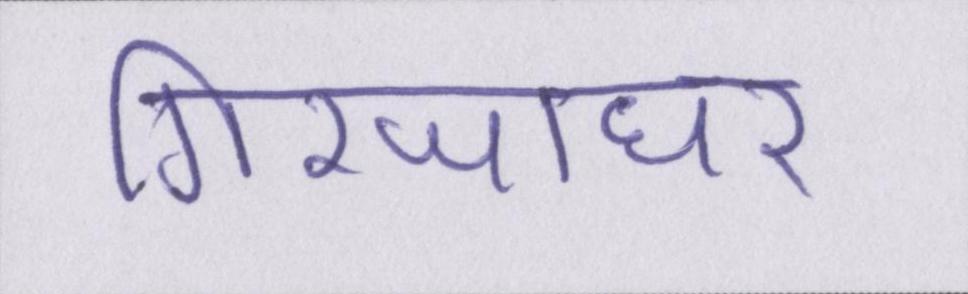
गिरजाघर